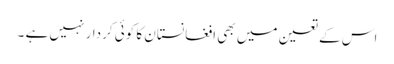
اس کے تعین میں بھی افغانستان کا کوئی کردار نہیں ہے ۔